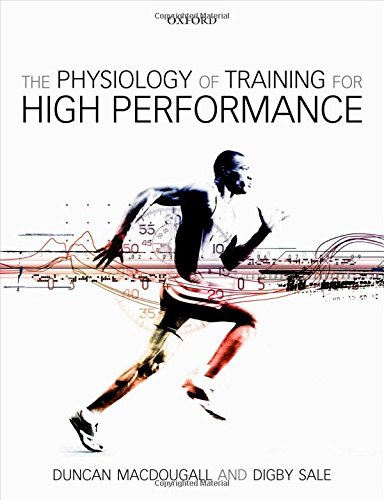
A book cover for The Physiology of Training for High Performance; Duncan MacDougall; Science & Math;